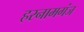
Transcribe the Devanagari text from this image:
हरनामगंज